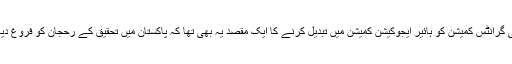
یونیورسٹی گرانٹس کمیشن کو ہائیر ایجوکیشن کمیشن میں تبدیل کرنے کا ایک مقصد یہ بھی تھا کہ پاکستان میں تحقیق کے رحجان کو فروغ دیا جاسکے۔